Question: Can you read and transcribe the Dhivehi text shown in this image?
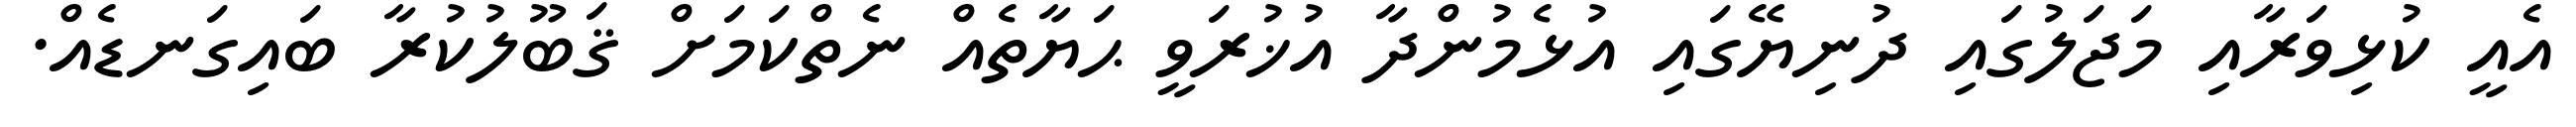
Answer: އެއީ ކުޅިވަރާއި މަޖަލުގައި ދުނިޔޭގައި އުޅެމުންދާ އުޚުރަވީ ޙަޔާތެއް ނެތްކަމަށް ޤަބޫލުކުރާ ބައިގަނޑެއް.